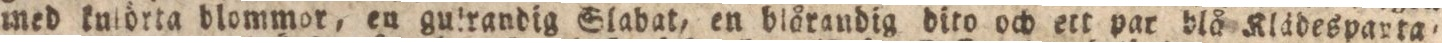
med kulörta blommor, en gulrandig Slabat, en blårandig dito och ett par blå Klädesparta=